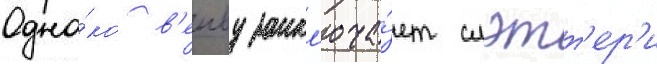
Одна́ко в'енву закл'юча́ет слэтт'ер'и